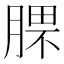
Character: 𣎈